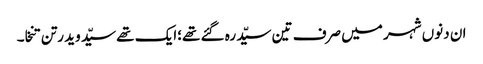
ان دنوں شہر میں صرف تین سیّد رہ گئے تھے؛ایک تھے سیّد وید رتن تنخا۔